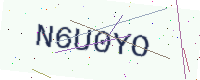
Text: N6U0YO